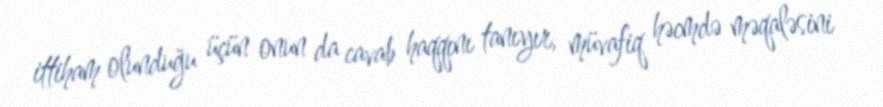
ittiham olunduğu üçün onun da cavab haqqını tanıyır, müvafiq həcmdə məqaləsini